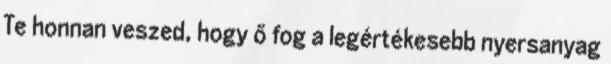
Te honnan veszed, hogy ő fog a legértékesebb nyersanyag